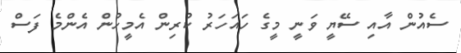
ސެއުން އާއި ސޭޔީ ވަނީ މީގެ ހައަހަރު ކުރިން އެމީހުން އެންމެ ފަސް